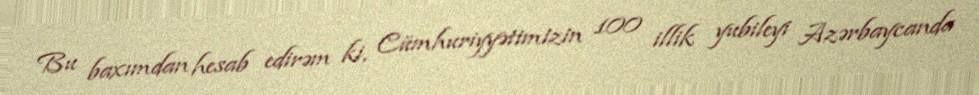
Bu baxımdan hesab edirəm ki, Cümhuriyyətimizin 100 illik yubileyi Azərbaycanda